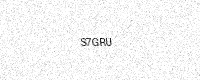
Text: S7GRU